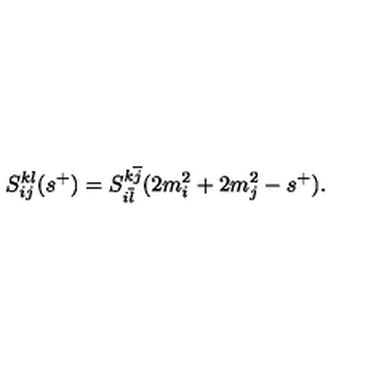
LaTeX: S _ { i j } ^ { k l } ( s ^ { + } ) = S _ { i \overline { { l } } } ^ { k \overline { { j } } } ( 2 m _ { i } ^ { 2 } + 2 m _ { j } ^ { 2 } - s ^ { + } ) .